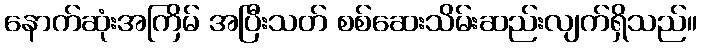
နောက်ဆုံးအကြိမ် အပြီးသတ် စစ်ဆေးသိမ်းဆည်းလျက်ရှိသည်။